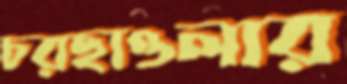
চরছাওলার